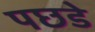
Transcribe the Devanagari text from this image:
पछडे